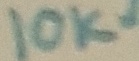
Text: 10kΩ